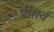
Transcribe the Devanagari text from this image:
प्रीसर्व